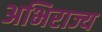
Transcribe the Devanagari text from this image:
अभिराज्य